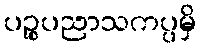
ပဉ္စပညာသကပ္ပမှိ